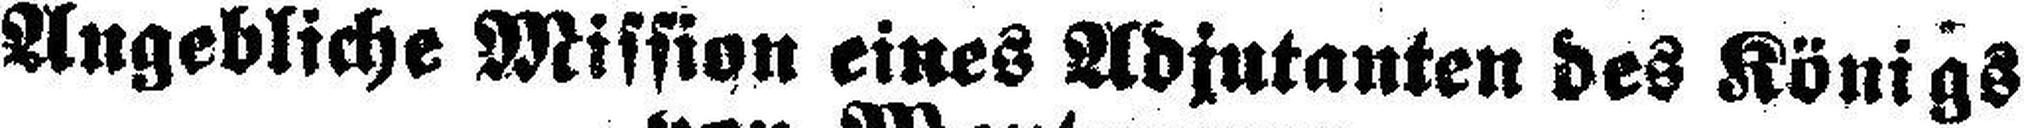
Angebliche Mission eines Adjutanten des Königs